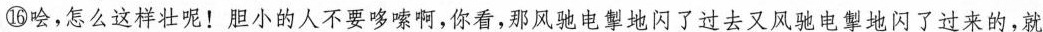
⑯哙,怎么这样壮呢!胆小的人不要哆嗦啊,你看,那风驰电掣地闪了过去又风驰电掣地闪了过来的,就